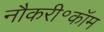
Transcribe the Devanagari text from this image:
नौकरी॰कॉम